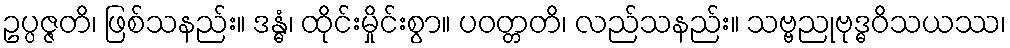
ဥပ္ပဇ္ဇတိ၊ ဖြစ်သနည်း။ ဒန္ဓံ၊ ထိုင်းမှိုင်းစွာ။ ပဝတ္တတိ၊ လည်သနည်း။ သဗ္ဗညုဗုဒ္ဓဝိသယဿ၊